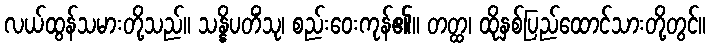
လယ်ထွန်သမားတို့သည်။ သန္နိပတိံသု၊ စည်းဝေးကုန်၏။ တတ္ထ၊ ထိုနှစ်ပြည်ထောင်သားတို့တွင်။